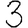
Digit: 3